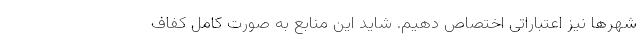
شهرها نیز اعتباراتی اختصاص دهیم. شاید این منابع به صورت کامل کفاف